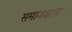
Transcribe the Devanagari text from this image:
समाजशास्त्रः